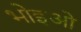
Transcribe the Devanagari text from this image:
भोइओ